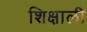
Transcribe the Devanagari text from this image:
शिक्षाली